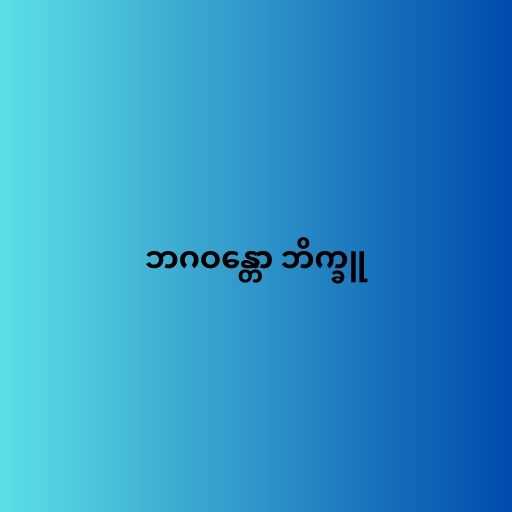
ဘဂဝန္တော ဘိက္ခူ